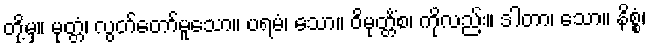
တို့မှ။ မုတ္တံ၊ လွတ်တော်မူသော။ ပရမံ၊ သော။ ဝိမုတ္တိံစ၊ ကိုလည်း။ ဒါတာ၊ သော။ နိစ္စံ၊